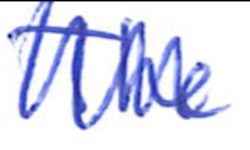
Text: The
Cross-out: zig-zag
Writing tool: ballpoint